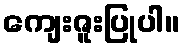
ကျေးဇူးပြုပါ။